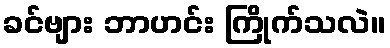
ခင်ဗျား ဘာဟင်း ကြိုက်သလဲ။